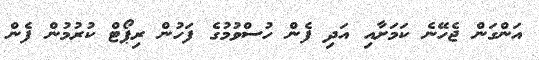
އަންގަން ޖެހޭނެ ކަމަށާއި އަދި ފެން ހުސްވުމުގެ ފަހުން ރިޕޯޓް ކުރުމުން ފެން